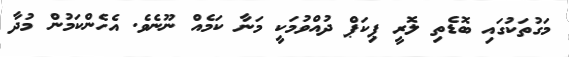
މަގުތަކުގައި ބޮޑެތި ލޮރީ ޕިކަޕް ދުއްވުމަކީ މަނާ ކަމެއް ނޫނެވެ. އެހެންކަމުން މުދާ